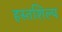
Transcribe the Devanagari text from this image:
हस्तशिल्‍प